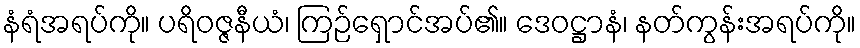
နံရံအရပ်ကို။ ပရိဝဇ္ဇနီယံ၊ ကြဉ်ရှောင်အပ်၏။ ဒေဝဋ္ဌာနံ၊ နတ်ကွန်းအရပ်ကို။